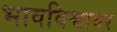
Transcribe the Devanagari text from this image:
भावविश्वावर